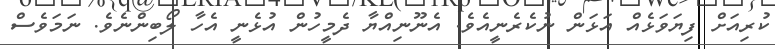
ކުރިއަށް ފިޔަވަޅެއް އަޅަން ނުކެރެނީއެވެ. އެނޫނިއްޔާ ދެމީހުން އުޅެނީ އެހާ ލޯބިންނެވެ. ނަމަވެސް